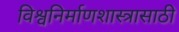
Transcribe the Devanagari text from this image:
विश्वनिर्माणशास्त्रासाठी